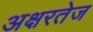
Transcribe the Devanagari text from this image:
अक्षरतेज